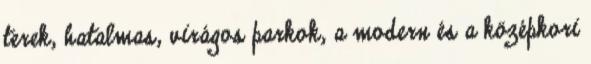
terek, hatalmas, virágos parkok, a modern és a középkori